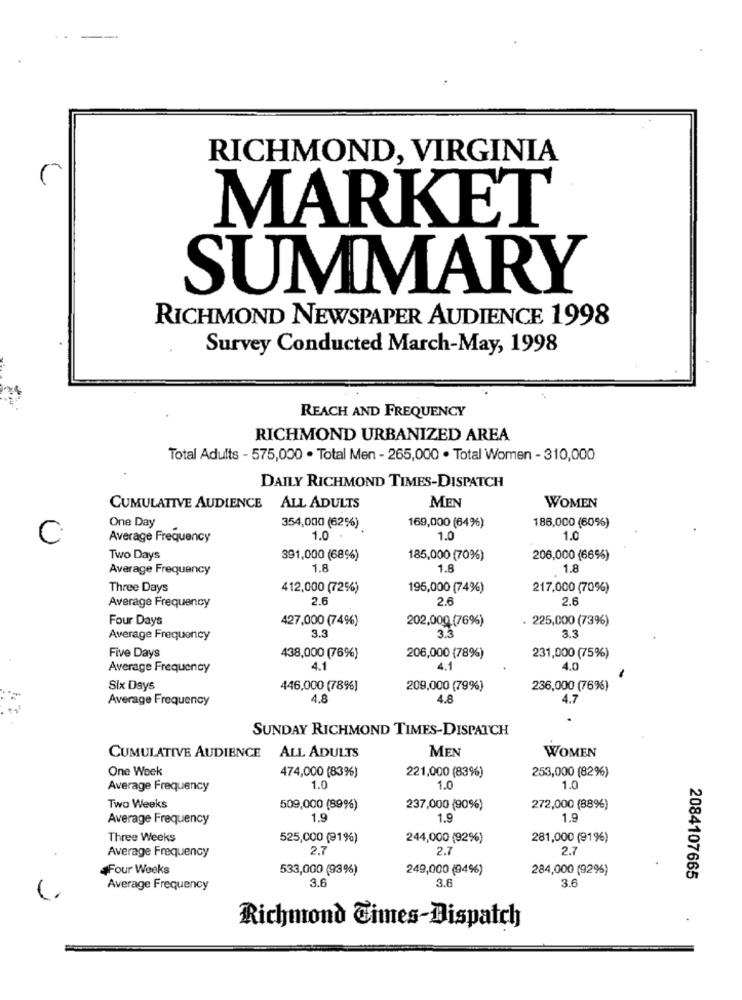
RICHMOND, VIRGINIA
MARKET
SUMMARY
RICHMOND NEWSPAPER AUDIENCE 1998
Survey Conducted March-May, 1998
REACH AND FREQUENCY
RICHMOND URBANIZED AREA
Total Adults - 575,000 . Total Men - 265,000 . Total Women - 310,000
DAILY RICHMOND TIMES-DISPATCH
MEN
CUMULATIVE AUDIENCE
ALL ADULTS
WOMEN
One Day
186,000 (60%)
354,000 (62%)
169,000 (64%)
C
Average Frequency
1.0
1.0
1.0
Two Days
391,000 (68%)
185,000 (70%)
206,000 (66%)
Average Frequency
1.8
1.8
1.8
Three Days
412,000 (72%)
195,000 (74%)
217,000 (70%)
2.6
2.5
2.6
Average Frequency
Four Days
427,000 (74%)
202,000 (76%)
225,000 (73%)
3.3
Average Frequency
3.3
3.3
Five Days
438,000 (76%)
206,000 (78%)
231,000 (75%)
Average Frequency
4.1
4.1
4.0
Six Days
446,000 (78%)
209,000 (79%)
236,000 (76%)
Average Frequency
4.8
4.8
4.7
SUNDAY RICHMOND TIMES-DISPATCH
MEN
CUMULATIVE AUDIENCE ALL ADULTS
WOMEN
One Week
474,000 (83%)
253,000 (82%)
221,000 (83%)
Average Frequency
1.0
1.0
1.0
Two Weeks
509,000 (899%)
237,000 (90%)
272,000 (88%)
Average Frequency
1.9
1.9
1.9
Three Weeks
525,000 (91%)
244,000 (92%)
281,000 (91%)
Average Frequency
2.7
2.7
2.7
Four Weeks
533,000 (93%)
249,000 (94%)
284,000 (92%)
3.6
3.6
3.6
2084107665
Average Frequency
Richmond Cimes-Dispatch